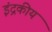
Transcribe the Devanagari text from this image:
इंद्रकीय